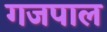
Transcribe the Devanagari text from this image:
गजपाल